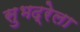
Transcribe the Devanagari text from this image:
सुभद्रेला